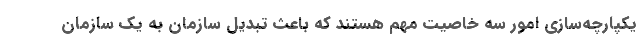
یکپارچه‌سازی امور سه خاصیت مهم هستند که باعث تبدیل سازمان به یک سازمان